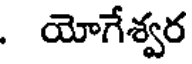
. యోగేశ్వర